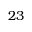
2 3